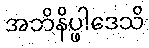
အဘိနိပ္ဖါဒေသိ